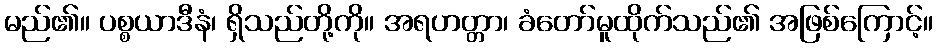
မည်၏။ ပစ္စယာဒီနံ၊ ရှိသည်တို့ကို။ အရဟတ္တာ၊ ခံတော်မူထိုက်သည်၏ အဖြစ်ကြောင့်။